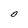
Character: O